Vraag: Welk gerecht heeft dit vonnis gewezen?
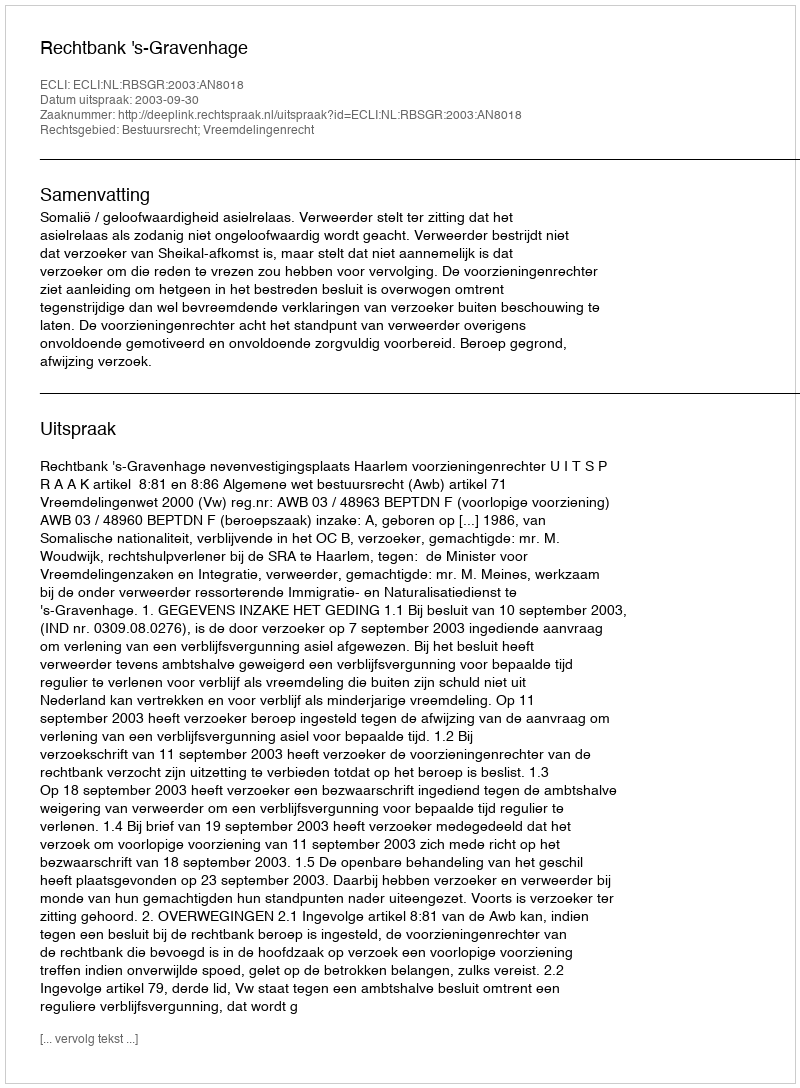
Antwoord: Rechtbank 's-Gravenhage